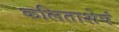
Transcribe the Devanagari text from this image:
कलिताशेषं